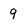
Character: 9